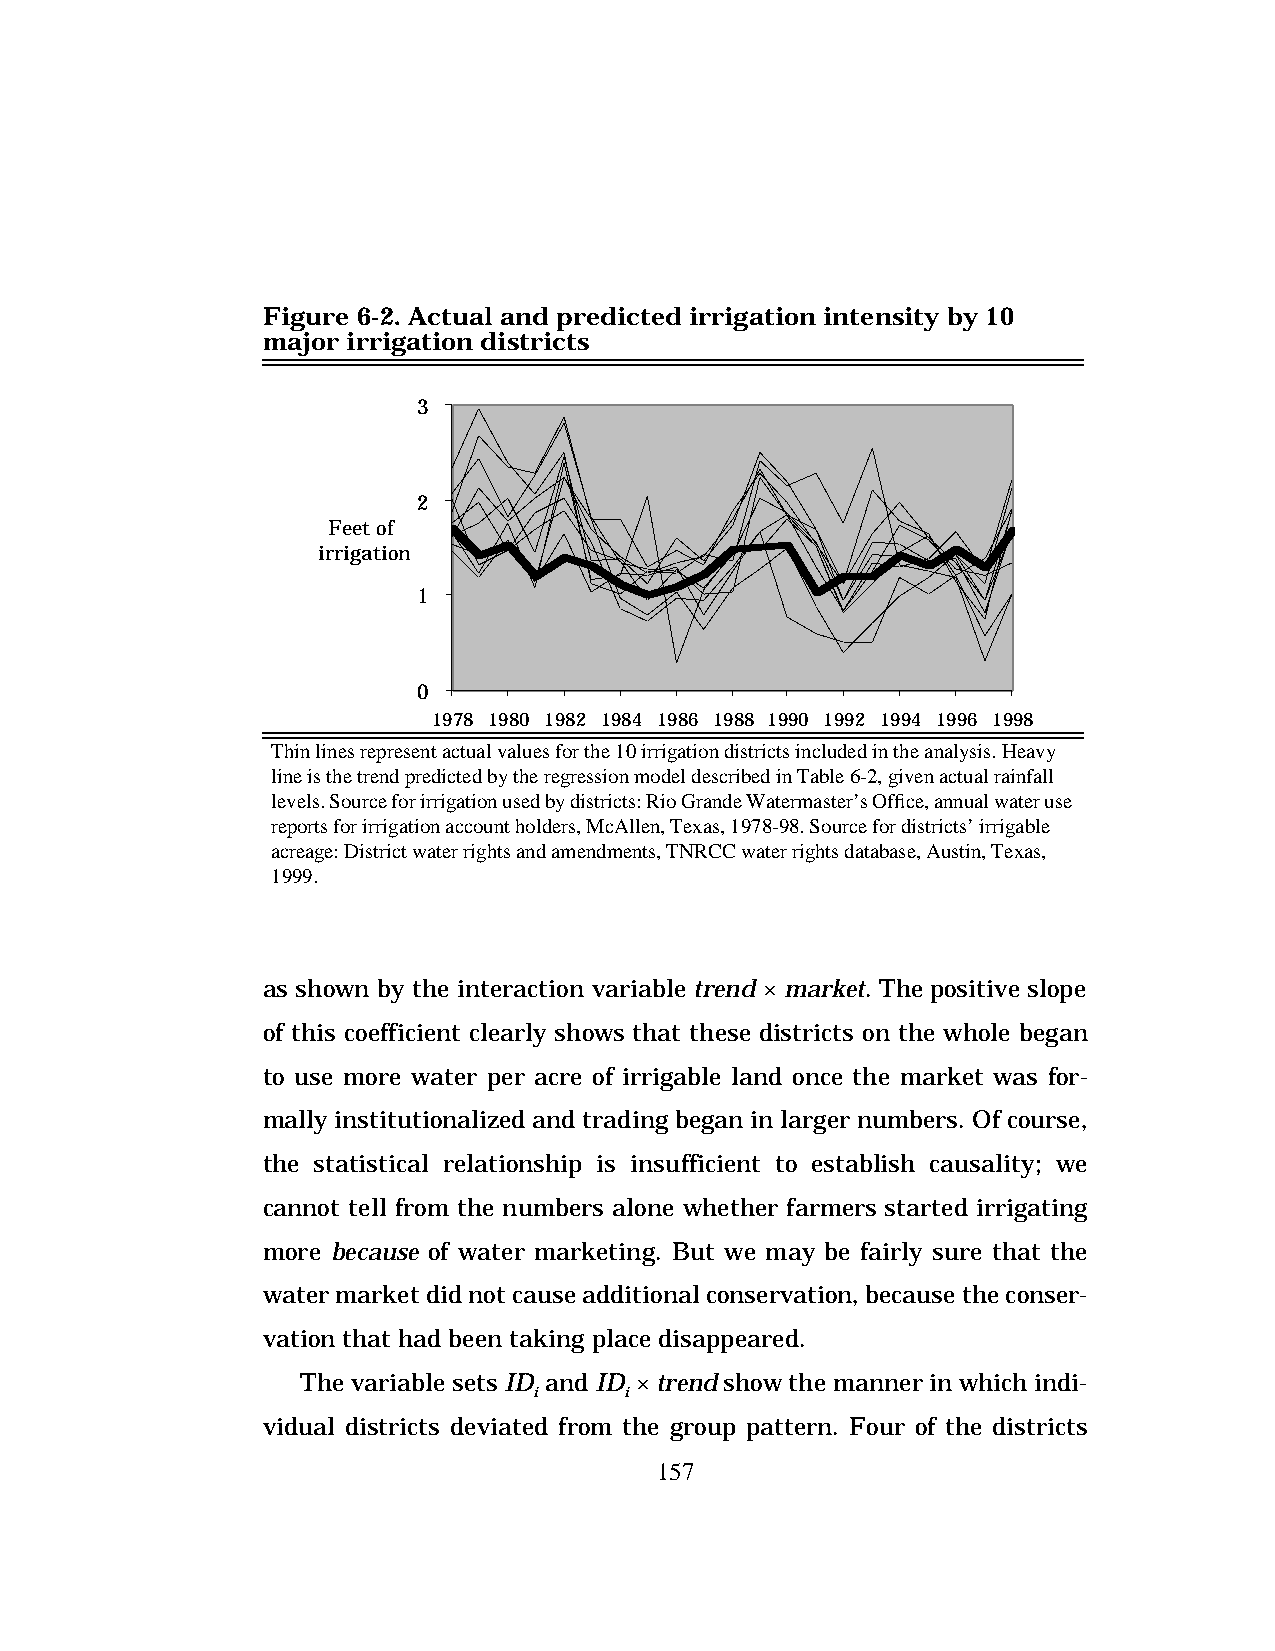
Figure 6-2. Actual and predicted irrigation intensity by 10
 major irrigation districts
 3
 2
 Feet of
 irrigation
 1
 0
 1978 1980 1982 1984 1986 1988 1990 1992 1994 1996 1998
 Thin lines represent actual values for the 10 irrigation districts included in the analysis. Heavy
 line is the trend predicted by the regression model described in Table 6-2, given actual rainfall
 levels. Source for irrigation used by districts: Rio Grande Watermaster’s Office, annual water use
 reports for irrigation account holders, McAllen, Texas, 1978-98. Source for districts’ irrigable
 acreage: District water rights and amendments, TNRCC water rights database, Austin, Texas,
 1999.
 as shown by the interaction variable trend · market. The positive slope
 of this coefficient clearly shows that these districts on the whole began
 to use more water per acre of irrigable land once the market was for-
 mally institutionalized and trading began in larger numbers. Of course,
 the statistical relationship is insufficient to establish causality; we
 cannot tell from the numbers alone whether farmers started irrigating
 more because of water marketing. But we may be fairly sure that the
 water market did not cause additional conservation, because the conser-
 vation that had been taking place disappeared.
 The variable sets ID and ID · trend show the manner in which indi-
 i     i
 vidual districts deviated from the group pattern. Four of the districts
 157